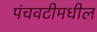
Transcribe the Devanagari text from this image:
पंचवटीमधील